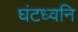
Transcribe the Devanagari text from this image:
घंटध्वनि